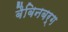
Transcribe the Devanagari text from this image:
बैबिनबर्ग